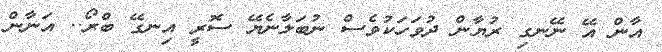
އާން އޭ ނޭނގި ރުޔާން ދުވަހަކުވެސް ނުބަލާނެޔޭ ސޮރީ އިނގޭ ބްރޯ.. އަނާން